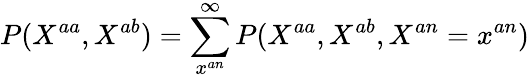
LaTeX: P(X^{aa},X^{ab})=\sum_{x^{an}}^{\infty}P(X^{aa},X^{ab},X^{an}=x^{an})